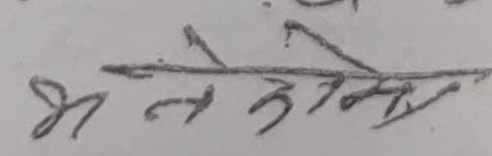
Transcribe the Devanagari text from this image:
भन्ने उद्देश्य